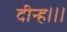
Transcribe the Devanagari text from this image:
दीन्‍ह।।।